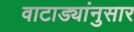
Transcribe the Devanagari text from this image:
वाटाड्यांनुसार